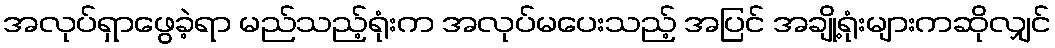
အလုပ်ရှာဖွေခဲ့ရာ မည်သည့်ရုံးက အလုပ်မပေးသည့် အပြင် အချို့ရုံးများကဆိုလျှင်